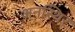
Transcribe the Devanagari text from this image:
अनस्थिर